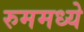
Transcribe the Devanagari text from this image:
रुममध्ये